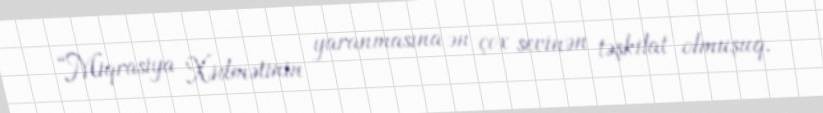
“Miqrasiya Xidmətinin yaranmasına ən çox sevinən təşkilat olmuşuq.